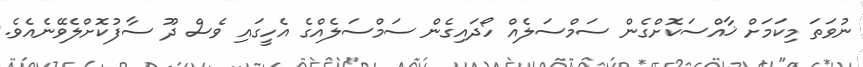
ނުވަތަ މިކަމަށް ޚާއްސަކޮށްގެން ސަމްސަލެއް ހޯދައިގެން ސަމްސަލެއްގެ އެހީގައި ވެސް ދޫ ސާފުކޮށްލެވޭނެއެވެ.